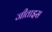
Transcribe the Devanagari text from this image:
जीताइस